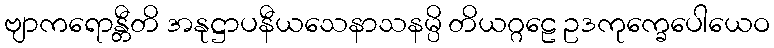
ဗျာကရောန္တီတိ အနုဋ္ဌာပနီယသေနာသနမ္ပိ တိယဂ္ဂဠေ ဥဒကုက္ခေပေါယေဝ